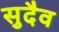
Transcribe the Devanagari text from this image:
सुदैव